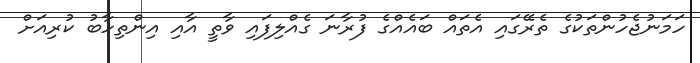
ހަމަނުޖެހުންތަކުގެ ތެރޭގައި އެތައް ބައެއްގެ ފުރާނަ ގެއްލިފައި ވާތީ އާއި އިންތިހާބު ކުރިއަށް